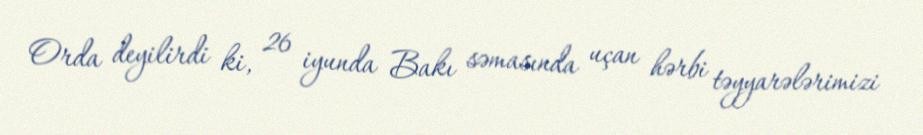
Orda deyilirdi ki, 26 iyunda Bakı səmasında uçan hərbi təyyarələrimizi